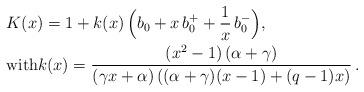
LaTeX: \begin{align*} & K(x) = 1 + k(x)\,\Big(b_0 + x \,b_0^+ + \frac1x \,b_0^-\Big),\\ & \mbox{with}k(x) = \frac{\left(x^2 - 1\right) \left(\alpha + \gamma\right)} {\left(\gamma x + \alpha\right)\left((\alpha + \gamma)(x - 1) + (q - 1)x \right)}\,.\end{align*}